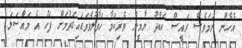
އެހެން ނަމަވެސް ރައީސް އަބްދު ޔާމީން ވެރިކަމާ ހަވާލުވެވަޑައިގަތުމަށް ފަހު އެ މައްސަލަ